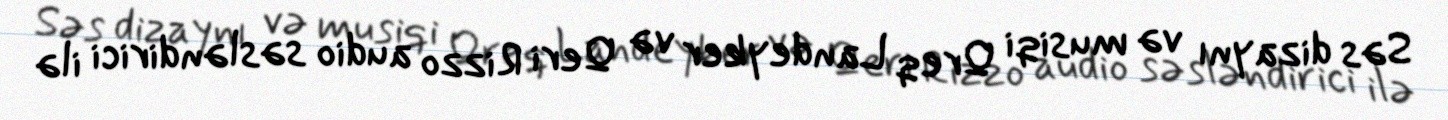
Səs dizaynı və musiqi Qreq Landeyker və Qeri Rizzo audio səsləndirici ilə